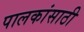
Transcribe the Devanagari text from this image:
पालकांसाठी